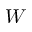
W